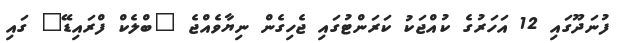
ފުނަދޫގައި 12 އަހަރުގެ ކުއްޖަކު ކަރަންޓުގައި ޖެހިގެން ނިޔާވެއްޖެ "ބްލެކް ފްރައިޑޭ" ގައި